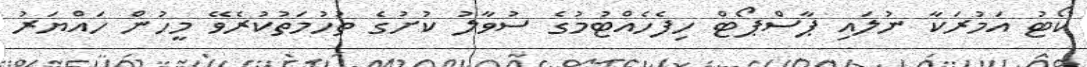
ކޯޓު އަމުރަކާ ނުލައި ޕާސްޕޯޓް ހިފެހެއްޓުމުގެ ސުވާލު ކުށުގެ ތުހުމަތުކުރެވޭ މީހުން ހައްޔަރު